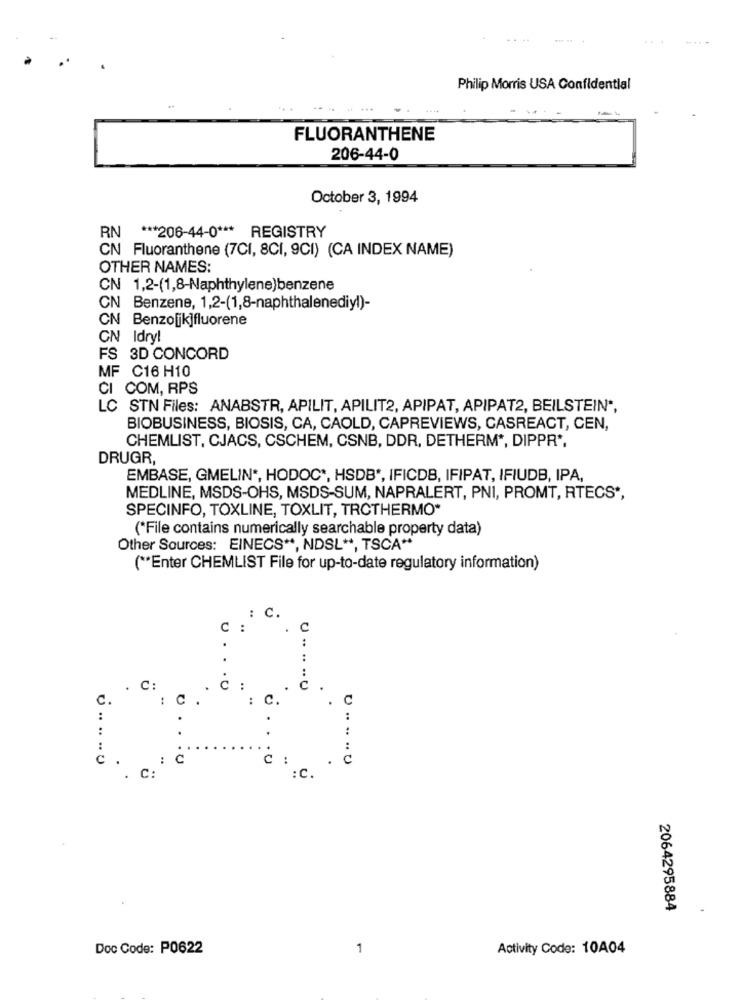
Philip Morris USA Confidential
FLUORANTHENE
206-44-0
October 3, 1994
RN *** 206-44-0 *** REGISTRY
CN Fluoranthene (7CI, 8CI, 9CI) (CA INDEX NAME)
OTHER NAMES:
CN 1,2-(1,8-Naphthylene)benzene
CN Benzene, 1,2-(1,8-naphthalenediy!)-
CN Benzoljk]fluorene
CN Idry!
FS 3D CONCORD
MF C16 H10
CI COM, RPS
LC STN Files: ANABSTR, APILIT, APILIT2, APIPAT, APIPAT2, BEILSTEIN *,
BIOBUSINESS, BIOSIS, CA, CAOLD, CAPREVIEWS, CASREACT, CEN,
CHEMLIST, CJACS, CSCHEM, CSNB, DDR, DETHERM *, DIPPR *,
DRUGR,
EMBASE, GMELIN *, HODOC *, HSDB *, IFICDB, IFIPAT, IFIUDB, IPA,
MEDLINE, MSDS-OHS, MSDS-SUM, NAPRALERT, PNI, PROMT, RTECS *,
SPECINFO, TOXLINE, TOXLIT, TRCTHERMO*
(*File contains numerically searchable property data)
Other Sources: EINECS **, NDSL **, TSCA **
( ** Enter CHEMLIST File for up-to-date regulatory information)
U
.0
..
.. .. ..
..
C
U ..
.
:
.. .. U
..
U
.
C
: C.
2064295884
.
Doc Code: P0622
1
Activity Code: 10A04